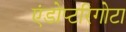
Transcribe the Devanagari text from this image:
एंडोप्टरिगोटा